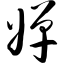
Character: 婵